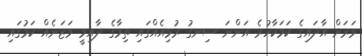
ވަރަށް އާދައިގެ ކަމަކާހުރެ އަންނަ ސިނގު ރުޅިއެއްގައި ތިމާގެ ދާއިމީ ވަޒަނެއް ކަމުގައި